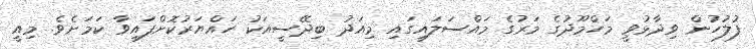
ފުލުހުން ވިދާޅުވީ މަހްމޫދުގެ މަރުގެ މައްސަލައިގައި މިއަދު ބިދޭސީއަކު ހައްޔަރުކޮށްފައިވާ ކަމަށެވެ. މިއީ